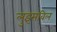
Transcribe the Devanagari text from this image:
लुइसविल